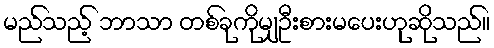
မည်သည့် ဘာသာ တစ်ခုကိုမျှဦးစားမပေးဟုဆိုသည်။